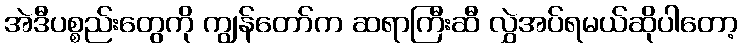
အဲဒီပစ္စည်းတွေကို ကျွန်တော်က ဆရာကြီးဆီ လွှဲအပ်ရမယ်ဆိုပါတော့